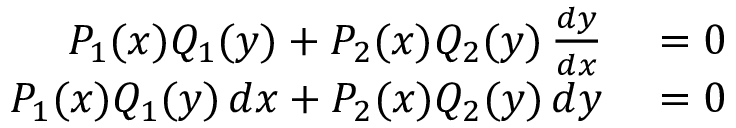
\begin{array} { r l } { P _ { 1 } ( x ) Q _ { 1 } ( y ) + P _ { 2 } ( x ) Q _ { 2 } ( y ) \, { \frac { d y } { d x } } } & { { } = 0 } \\ { P _ { 1 } ( x ) Q _ { 1 } ( y ) \, d x + P _ { 2 } ( x ) Q _ { 2 } ( y ) \, d y } & { { } = 0 } \end{array}